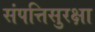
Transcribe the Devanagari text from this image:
संपत्तिसुरक्षा